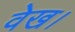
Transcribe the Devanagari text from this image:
वेख।